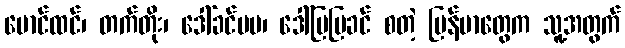
မောင်ထင်၊ တက်တိုး၊ ဒေါ်ခင်မမ၊ ဒေါ်မြမြခင် စတဲ့ မြန်မာတွေက သူ့အတွက်